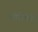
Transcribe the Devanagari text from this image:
भोगेच्छा